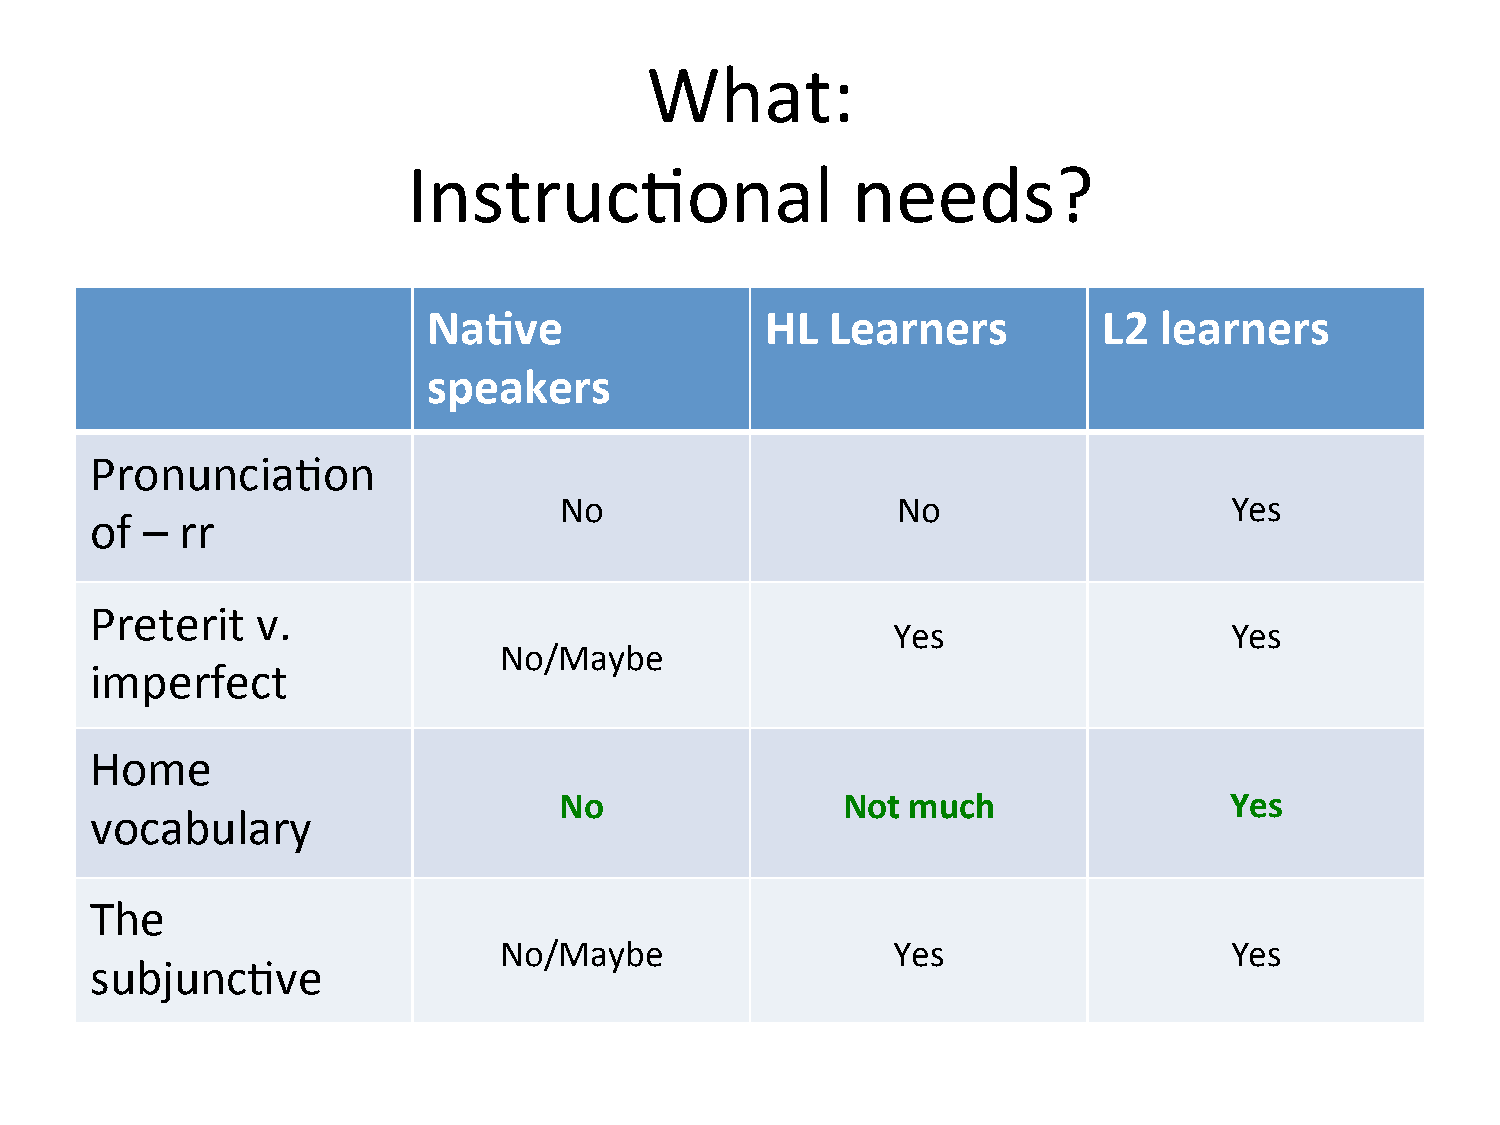
What:
 Instruc=onal                 needs?
 Na.ve                  HL  Learners          L2  learners
 speakers
 Pronuncia=on
 No                    No                    Yes
 of –  rr
 Preterit   v.
 Yes                   Yes
 No/Maybe
 imperfect
 Home
 No                 Not much                 Yes
 vocabulary
 The
 No/Maybe                  Yes                   Yes
 subjunc=ve